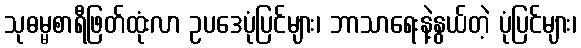
သုဓမ္မစာရီဖြတ်ထုံးလာ ဥပဒေပုံပြင်များ၊ ဘာသာရေးနဲ့နွယ်တဲ့ ပုံပြင်များ၊